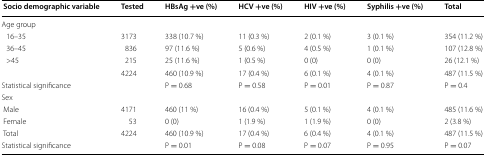
| Socio demographic variable | Tested | HBsAg +ve (%) | HCV +ve (%) | HIV +ve (%) | Syphilis +ve (%) | Total |
 | --- | --- | --- | --- | --- | --- | --- |
 | <COLSPAN=7> Age group |
 | 16–35 | 3173 | 338 (10.7 %) | 11 (0.3 %) | 2 (0.1 %) | 3 (0.1 %) | 354 (11.2 %) |
 | 36–45 | 836 | 97 (11.6 %) | 5 (0.6 %) | 4 (0.5 %) | 1 (0.1 %) | 107 (12.8 %) |
 | >45 | 215 | 25 (11.6 %) | 1 (0.5 %) | 0 (0) | 0 (0) | 26 (12.1 %) |
 |  | 4224 | 460 (10.9 %) | 17 (0.4 %) | 6 (0.1 %) | 4 (0.1 %) | 487 (11.5 %) |
 | <COLSPAN=2> Statistical significance | P = 0.68 | P = 0.58 | P = 0.01 | P = 0.87 | P = 0.4 |
 | <COLSPAN=7> Sex |
 | Male | 4171 | 460 (11 %) | 16 (0.4 %) | 5 (0.1 %) | 4 (0.1 %) | 485 (11.6 %) |
 | Female | 53 | 0 (0) | 1 (1.9 %) | 1 (1.9 %) | 0 (0) | 2 (3.8 %) |
 | Total | 4224 | 460 (10.9 %) | 17 (0.4 %) | 6 (0.4 %) | 4 (0.1 %) | 487 (11.5 %) |
 | <COLSPAN=2> Statistical significance | P = 0.01 | P = 0.08 | P = 0.07 | P = 0.95 | P = 0.07 |